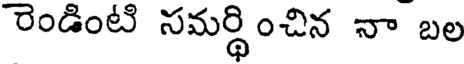
రెండింటి సమర్థించిన నా బల